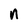
Character: n